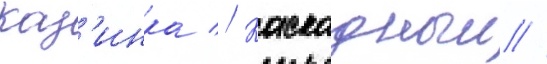
Каз'инка // Каскадныи //